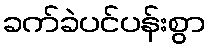
ခက်ခဲပင်ပန်းစွာ